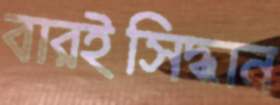
বারইসিদ্ধান